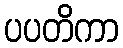
ပပတိကာ